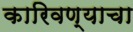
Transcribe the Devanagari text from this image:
कारिवण्याचा